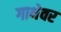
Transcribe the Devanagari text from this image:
गाथेवर